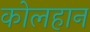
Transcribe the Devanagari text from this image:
कोलहान